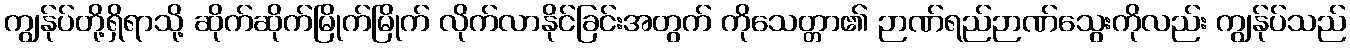
ကျွန်ုပ်တို့ရှိရာသို့ ဆိုက်ဆိုက်မြိုက်မြိုက် လိုက်လာနိုင်ခြင်းအတွက် ကိုသေတ္တာ၏ ဉာဏ်ရည်ဉာဏ်သွေးကိုလည်း ကျွန်ုပ်သည်